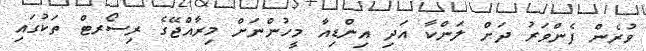
ވުރެން ފެންވަރު ދަށް ލަންކާ އަދި އިންޑިއާ މީހުންނަށް މިރާއްޖޭގެ ރިސޯރޓް ތަކުގައި